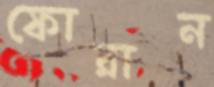
ফোরান